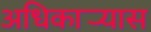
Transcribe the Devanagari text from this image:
अधिकार्‍यास